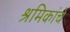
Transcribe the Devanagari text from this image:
श्रमिकांचे